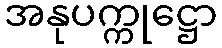
အနုပက္ကုဋ္ဌော